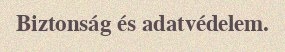
Biztonság és adatvédelem.